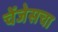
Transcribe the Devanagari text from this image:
चेंजेसचा